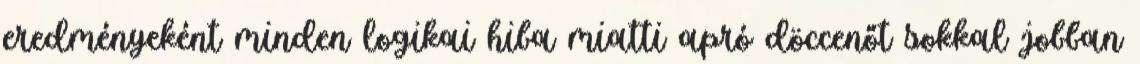
eredményeként minden logikai hiba miatti apró döccenőt sokkal jobban